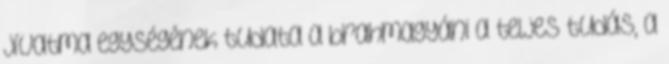
jívatma egységének tudata a brahmagyáni a teljes tudás, a